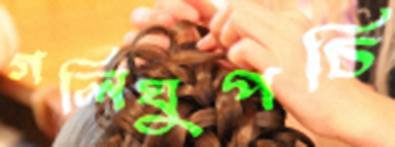
গলিঘুপচি